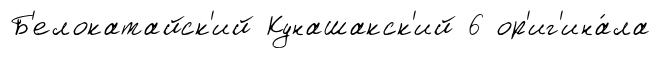
Б'елокатайск'ий Кунашакск'ий 6 ор'иг'ина́ла